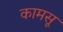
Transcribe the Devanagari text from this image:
कामसू